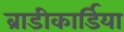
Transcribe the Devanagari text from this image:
ब्राडीकार्डिया